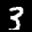
Label: 3